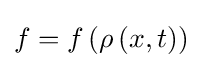
f=f\left(\rho \left(x,t\right)\right)